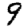
Digit: 9